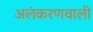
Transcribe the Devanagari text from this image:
अलंकरणवाली